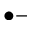
\bullet -